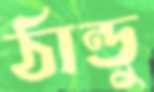
ঠান্ডু